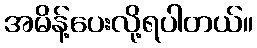
အမိန့်ပေးလို့ရပါတယ်။